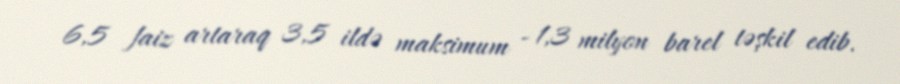
6,5 faiz artaraq 3,5 ildə maksimum - 1,3 milyon barel təşkil edib.